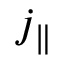
j _ { \parallel }